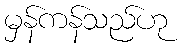
မှန်ကန်သည်ဟု